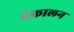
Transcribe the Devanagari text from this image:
बेकालन